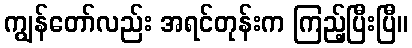
ကျွန်တော်လည်း အရင်တုန်းက ကြည့်ပြီးပြီ။